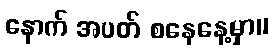
နောက် အပတ် စနေနေ့မှာ။